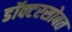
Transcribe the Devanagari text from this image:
डॉक्टरसोबत